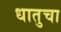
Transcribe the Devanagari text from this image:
धातुचा